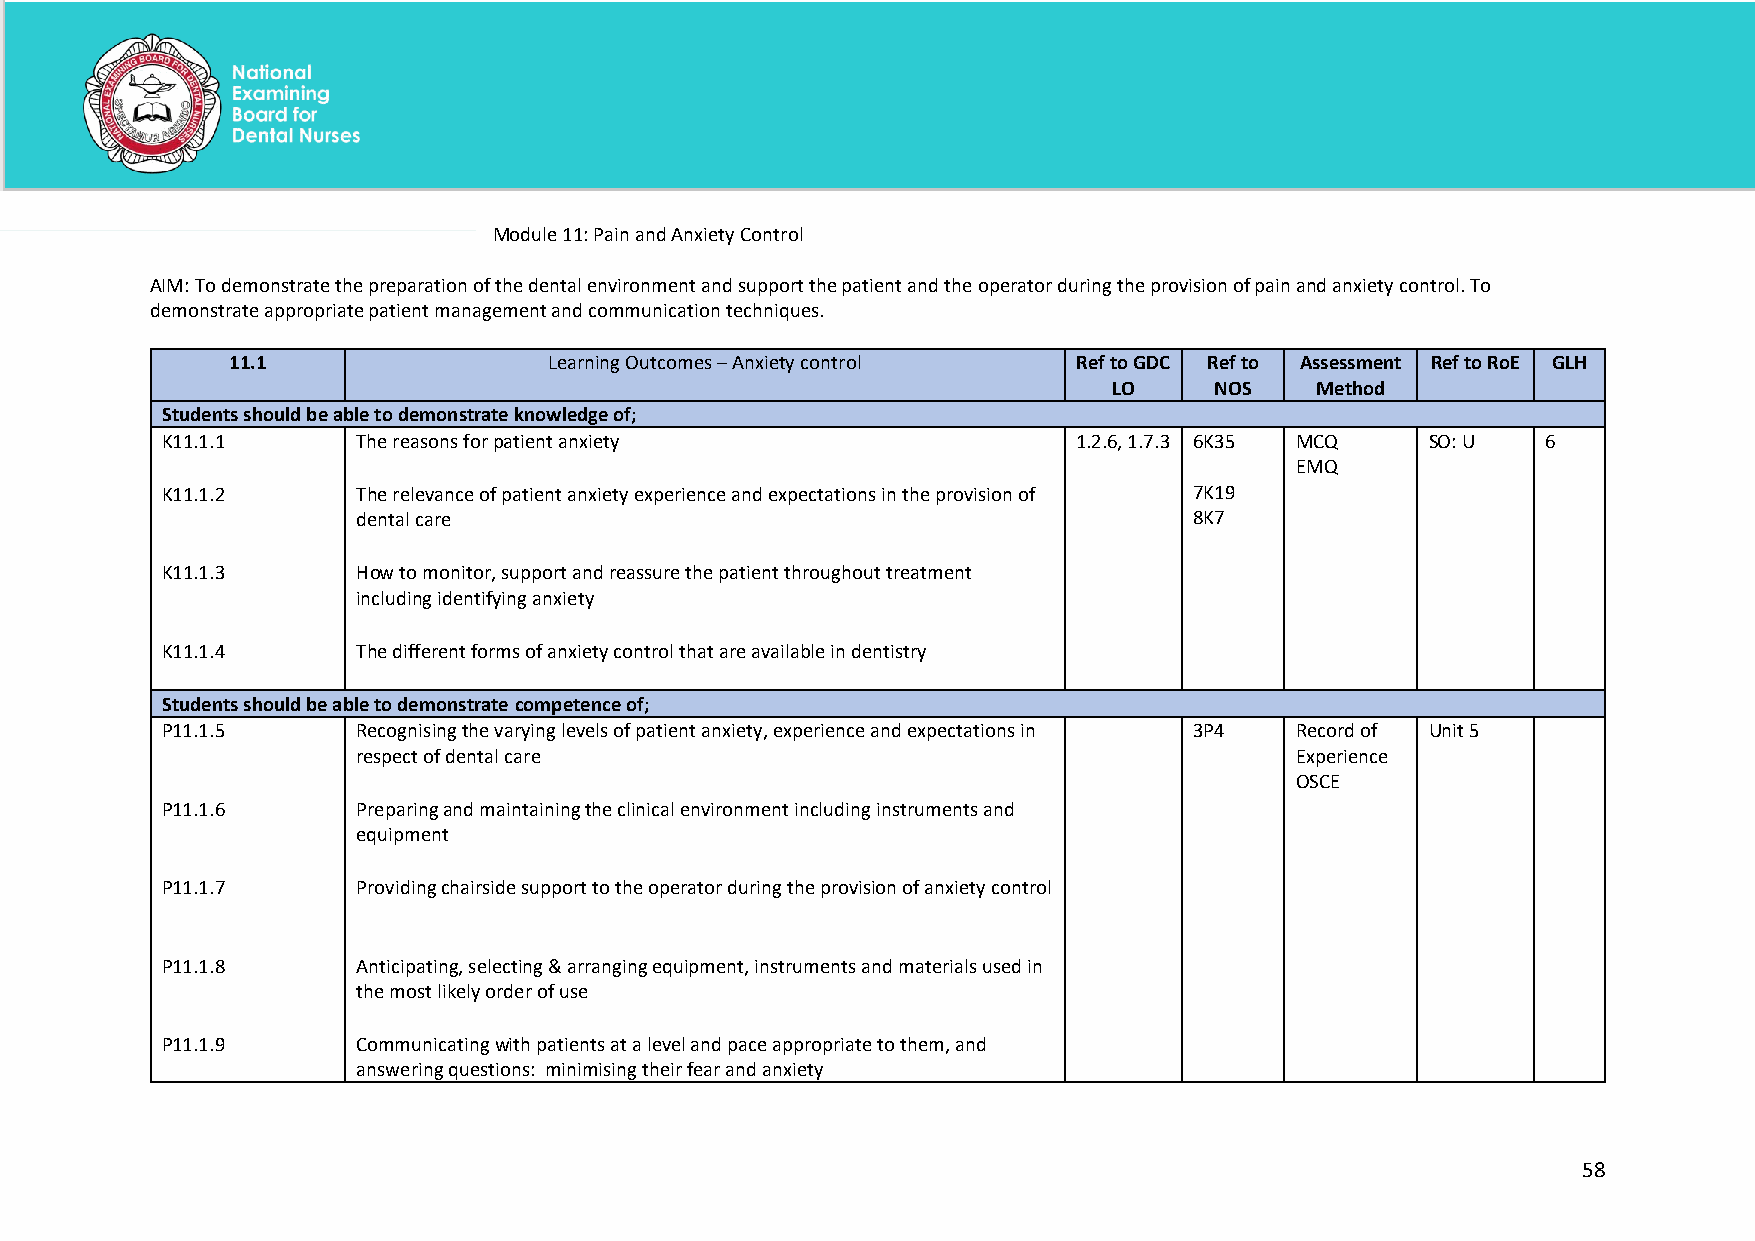
Module 11: Pain and Anxiety Control
 AIM: To demonstrate the preparation of the dental environment and support the patient and the operator during the provision of pain and anxiety control. To
 demonstrate appropriate patient management and communication techniques.
 11.1                 Learning Outcomes – Anxiety control Ref to GDC Ref to Assessment Ref to RoE GLH
 LO    NOS    Method
 Students should be able to demonstrate knowledge of;
 K11.1.1      The reasons for patient anxiety                1.2.6, 1.7.3 6K35 MCQ   SO: U  6
 EMQ
 K11.1.2      The relevance of patient anxiety experience and expectations in the provision of 7K19
 dental care                                            8K7
 K11.1.3      How to monitor, support and reassure the patient throughout treatment
 including identifying anxiety
 K11.1.4      The different forms of anxiety control that are available in dentistry
 Students should be able to demonstrate competence of;
 P11.1.5      Recognising the varying levels of patient anxiety, experience and expectations in 3P4 Record of Unit 5
 respect of dental care                                        Experience
 OSCE
 P11.1.6      Preparing and maintaining the clinical environment including instruments and
 equipment
 P11.1.7      Providing chairside support to the operator during the provision of anxiety control
 P11.1.8      Anticipating, selecting & arranging equipment, instruments and materials used in
 the most likely order of use
 P11.1.9      Communicating with patients at a level and pace appropriate to them, and
 answering questions: minimising their fear and anxiety
 58
 National Examining Board for Dental Nurses